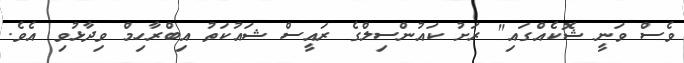
ވެސް ވަނީ ޝޮކެއްގައި" ރަށު ކައުންސިލްގެ ރައީސް ޝައުކަތު އިބްރާހިމް ވިދާޅުވި އެވެ.